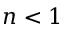
n < 1